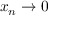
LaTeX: x _ { n } \to 0